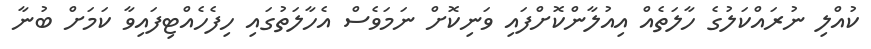
ކުއްލި ނުރައްކަލުގެ ހާލަތެއް އިއުލާންކޮށްފައި ވަނިކޮށް ނަމަވެސް އެހާލަތުގައި ހިފެހެއްޓިފައިވާ ކަމަށް ބުނާ